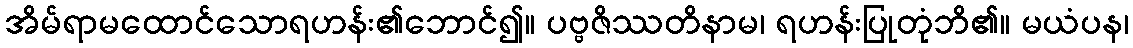
အိမ်ရာမထောင်သောရဟန်း၏ဘောင်၍။ ပဗ္ဗဇိဿတိနာမ၊ ရဟန်းပြုတုံဘိ၏။ မယံပန၊